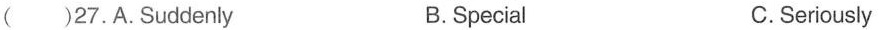
( )27.A.Suddenly B.Special C.Seriously